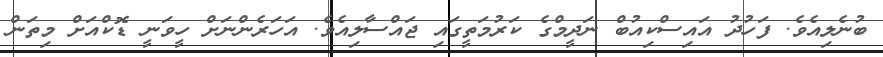
ބުނެލިއެވެ. ފަހުދު އައިސްކިއުބް ނަދީމްގެ ކަރުމަތީގައި ޖައްސާލިއެވެ. އަހަރެންނަށް ހީވަނީ ޑޮކްއަށް މިތަން